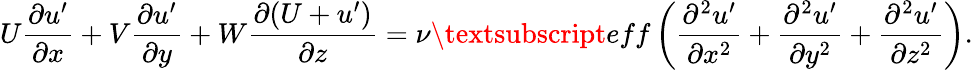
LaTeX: U\frac{\partial u^{\prime}}{\partial x}+V\frac{\partial u^{\prime}}{\partial y}+W\frac{\partial(U+u^{\prime})}{\partial z}=\nu\textsubscript{eff}\left(\frac{\partial^{2}u^{\prime}}{\partial x^{2}}+\frac{\partial^{2}u^{\prime}}{\partial y^{2}}+\frac{\partial^{2}u^{\prime}}{\partial z^{2}}\right).